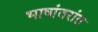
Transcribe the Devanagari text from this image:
भाषांतरांत